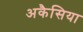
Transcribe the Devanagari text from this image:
अकैसिया